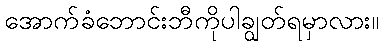
အောက်ခံဘောင်းဘီကိုပါချွတ်ရမှာလား။